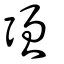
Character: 彊